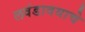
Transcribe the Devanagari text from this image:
लवंडावयाचे